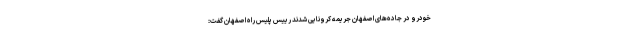
خودرو در جاده‌های اصفهان جریمه کرونایی شدند رییس پلیس راه اصفهان گفت: